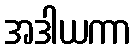
အဒါယကာ